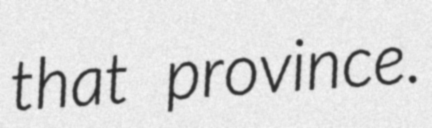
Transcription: that province.